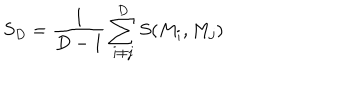
S _ { D } = \frac { 1 } { D - 1 } \sum _ { i \neq j } ^ { D } S ( M _ { i } , M _ { j } )